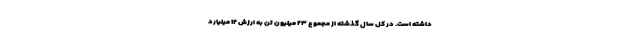
داشته است. در کل سال گذشته از مجموع ۲۳ میلیون تن به ارزش ۱۲ میلیارد